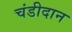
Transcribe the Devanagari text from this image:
चंडीदान